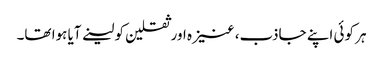
ہر کوئی اپنے جاذب، عنیزہ اور ثقلین کو لینے آیا ہوا تھا۔